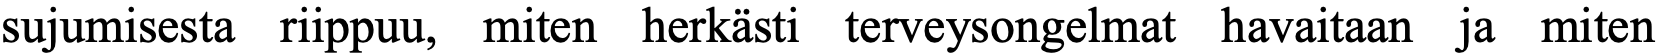
sujumisesta riippuu, miten herkästi terveysongelmat havaitaan ja miten